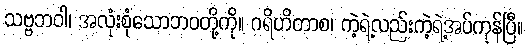
သဗ္ဗဘဝါ၊ အလုံးစုံသောဘဝတို့ကို။ ဂရိဟိတာစ၊ ကဲ့ရဲ့လည်းကဲ့ရဲ့အပ်ကုန်ပြီ။